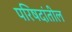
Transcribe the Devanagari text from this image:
परिषदांतील